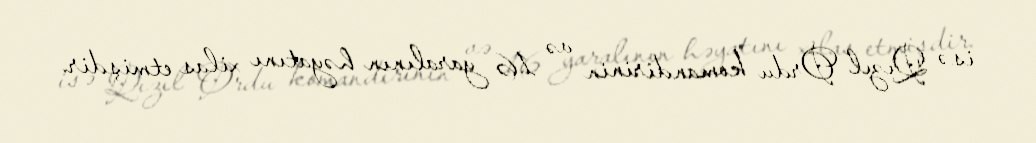
isə Qızıl Ordu komandirinin və 16 yaralının həyatını xilas etmişdir.